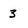
Character: 3